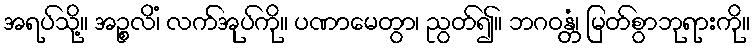
အရပ်သို့။ အဉ္စလိံ၊ လက်အုပ်ကို။ ပဏာမေတွာ၊ ညွတ်၍။ ဘဂဝန္တံ၊ မြတ်စွာဘုရားကို။